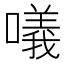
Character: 𠿿